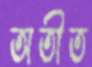
অতীত